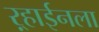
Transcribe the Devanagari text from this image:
ऱ्हाईनला